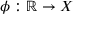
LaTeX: \phi : \mathbb { R } \to X